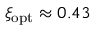
\xi _ { \mathrm { o p t } } \approx 0 . 4 3